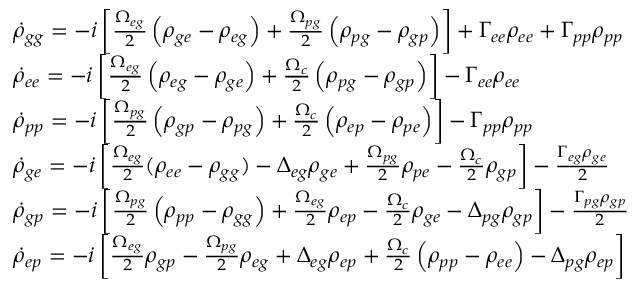
\begin{array} { r l } & { \dot { \rho } _ { g g } = - i \left[ \frac { \Omega _ { e g } } { 2 } \left( \rho _ { g e } - \rho _ { e g } \right) + \frac { \Omega _ { p g } } { 2 } \left( \rho _ { p g } - \rho _ { g p } \right) \right] + \Gamma _ { e e } \rho _ { e e } + \Gamma _ { p p } \rho _ { p p } } \\ & { \dot { \rho } _ { e e } = - i \left[ \frac { \Omega _ { e g } } { 2 } \left( \rho _ { e g } - \rho _ { g e } \right) + \frac { \Omega _ { c } } { 2 } \left( \rho _ { p g } - \rho _ { g p } \right) \right] - \Gamma _ { e e } \rho _ { e e } } \\ & { \dot { \rho } _ { p p } = - i \left[ \frac { \Omega _ { p g } } { 2 } \left( \rho _ { g p } - \rho _ { p g } \right) + \frac { \Omega _ { c } } { 2 } \left( \rho _ { e p } - \rho _ { p e } \right) \right] - \Gamma _ { p p } \rho _ { p p } } \\ & { \dot { \rho } _ { g e } = - i \left[ \frac { \Omega _ { e g } } { 2 } ( \rho _ { e e } - \rho _ { g g } ) - \Delta _ { e g } \rho _ { g e } + \frac { \Omega _ { p g } } { 2 } \rho _ { p e } - \frac { \Omega _ { c } } { 2 } \rho _ { g p } \right] - \frac { \Gamma _ { e g } \rho _ { g e } } { 2 } } \\ & { \dot { \rho } _ { g p } = - i \left[ \frac { \Omega _ { p g } } { 2 } \left( \rho _ { p p } - \rho _ { g g } \right) + \frac { \Omega _ { e g } } { 2 } \rho _ { e p } - \frac { \Omega _ { c } } { 2 } \rho _ { g e } - \Delta _ { p g } \rho _ { g p } \right] - \frac { \Gamma _ { p g } \rho _ { g p } } { 2 } } \\ & { \dot { \rho } _ { e p } = - i \left[ \frac { \Omega _ { e g } } { 2 } \rho _ { g p } - \frac { \Omega _ { p g } } { 2 } \rho _ { e g } + \Delta _ { e g } \rho _ { e p } + \frac { \Omega _ { c } } { 2 } \left( \rho _ { p p } - \rho _ { e e } \right) - \Delta _ { p g } \rho _ { e p } \right] } \end{array}